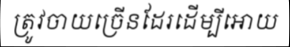
ត្រូវចាយច្រើនដែរដើម្បីអោយ